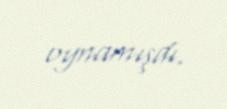
oynamışdı.